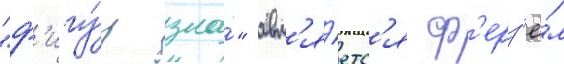
"ф'игу́р зла́" явл'я́етс'я ф'ерз'ё́м